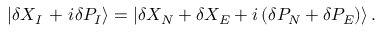
\left| \delta { { X } _ { I } } \mathrm { ~ + ~ } i \delta { { P } _ { I } } \right\rangle = \left| \delta { { X } _ { N } } + \delta { { X } _ { E } } + i \left( \delta { { P } _ { N } } + \delta { { P } _ { E } } \right) \right\rangle .